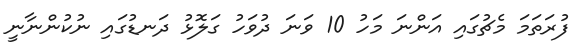
ފުރަތަމަ މެޗުގައި އަންނަ މަހު 10 ވަނަ ދުވަހު ގަލޮޅު ދަނޑުގައި ނުކުންނާނީ